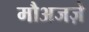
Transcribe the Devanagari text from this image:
मौअजज़े